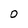
Character: O